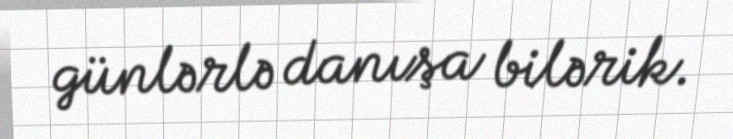
günlərlə danışa bilərik.